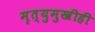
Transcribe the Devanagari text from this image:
मृत्युमुखीही